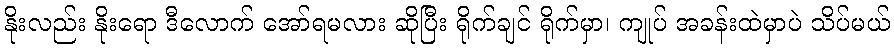
နိုးလည်း နိုးရော ဒီလောက် အော်ရမလား ဆိုပြီး ရိုက်ချင် ရိုက်မှာ၊ ကျုပ် အခန်းထဲမှာပဲ သိပ်မယ်